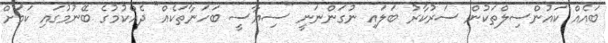
ބައެއް ކައުންސިލްތަކުން ސަރުކާރު ބަލައި ނުގަންނަނީ "ސިޔާސީ ބަހަނާތަކެއް" ދެއްކުމުގެ ބޭނުމުގައި ކަމަށް